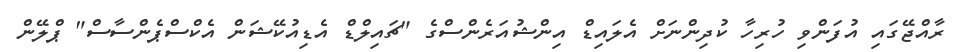
ރާއްޖޭގައި އުފަންވި ހުރިހާ ކުދިންނަށް އެލައިޑް އިންޝުއަރެންސްގެ "ޗައިލްޑް އެޑިއުކޭޝަން އެކްސްޕެންސާސް" ޕްލޭން